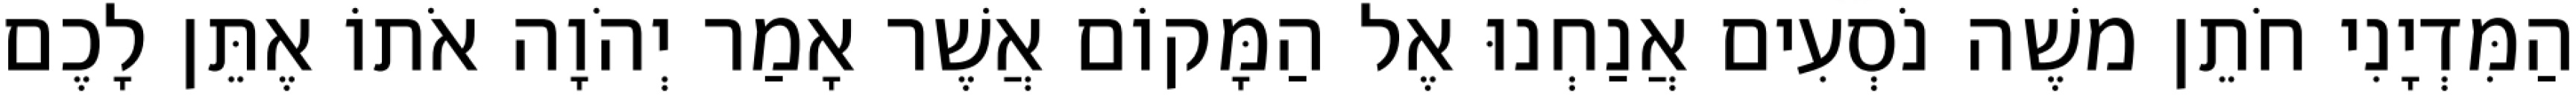
הַמִּדְיָנִי חֹתֵן משֶׁה נֹסְעִים אֲנַחְנוּ אֶל הַמָּקוֹם אֲשֶׁר אָמַר יְהֹוָה אֹתוֹ אֶתֵּן לָכֶם